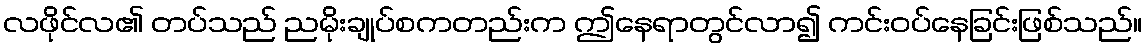
လဖိုင်လ၏ တပ်သည် ညမိုးချုပ်စကတည်းက ဤနေရာတွင်လာ၍ ကင်းဝပ်နေခြင်းဖြစ်သည်။